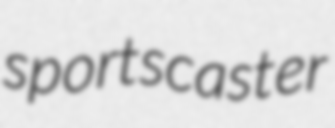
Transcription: sportscaster